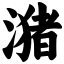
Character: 潴